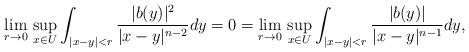
LaTeX: \begin{align*}\lim_{r\to 0}\,\sup_{x\in U}\int_{|x-y|<r}\frac{|b(y)|^2}{|x-y|^{n-2}}dy=0=\lim_{r\to 0}\,\sup_{x\in U}\int_{|x-y|<r}\frac{|b(y)|}{|x-y|^{n-1}}dy,\end{align*}